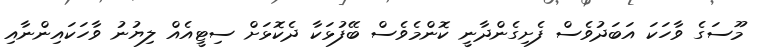
މޫސަގެ ވާހަކަ އަބަދުވެސް ފެށިގެންދާނީ ކޮންމެވެސް ބޭފުޅަކާ ދެކޮޅަށް ސިޓީއެއް ލިޔުނު ވާހަކައިންނާއި